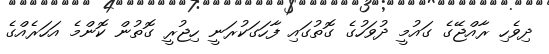
ދިވެހި ރާއްޖޭގެ ގައުމީ ދުވަހުގެ ގޮތުގައި ފާހަގަކުރަނީ ހިޖުރީ ގޮތުން ކޮންމެ އަހަރެއްގެ